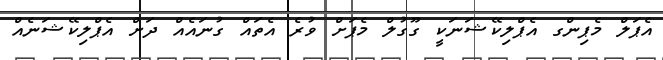
އެޕަލް މެޕިންގ އެޕްލިކޭޝަނަކީ ގޫގުލް މެޕަށް ވުރެ އެތައް ގުނައެއް ދަށް އެޕްލިކޭޝަނެއް